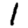
Digit: 1